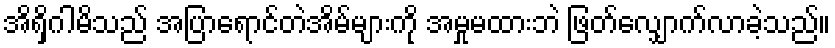
အိရှိဂါမိသည် အပြာရောင်တဲအိမ်များကို အမှုမထားဘဲ ဖြတ်လျှောက်လာခဲ့သည်။